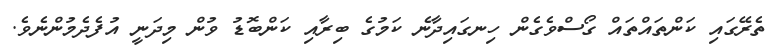
ތެރޭގައި ކަންތައްތައް ގޯސްވެގެން ހިނގައިދާނެ ކަމުގެ ބިރާއި ކަންބޮޑު ވުން މިދަނީ އުފެދެމުންނެވެ.